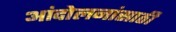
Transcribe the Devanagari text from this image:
आंदोलनांसाठी